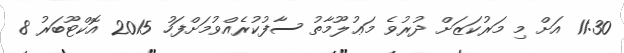
11:30 އަށް މި މަރުކަޒަށް ދުރުވެ މަޢުލޫމާތު ސާފުކުރެއްވުމަށްފަހު 2015 އޮކްޓޫބަރު 8